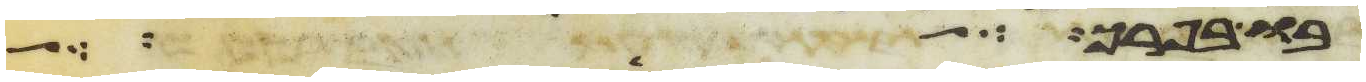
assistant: בו בפרך